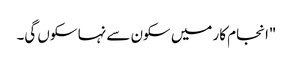
"انجام کار میں سکون سے نہا سکوں گی۔